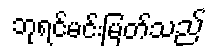
ဘုရင်မင်းမြတ်သည်